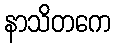
နာသိတကေ